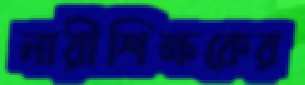
নারীশিক্ষকের